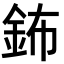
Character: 鈽